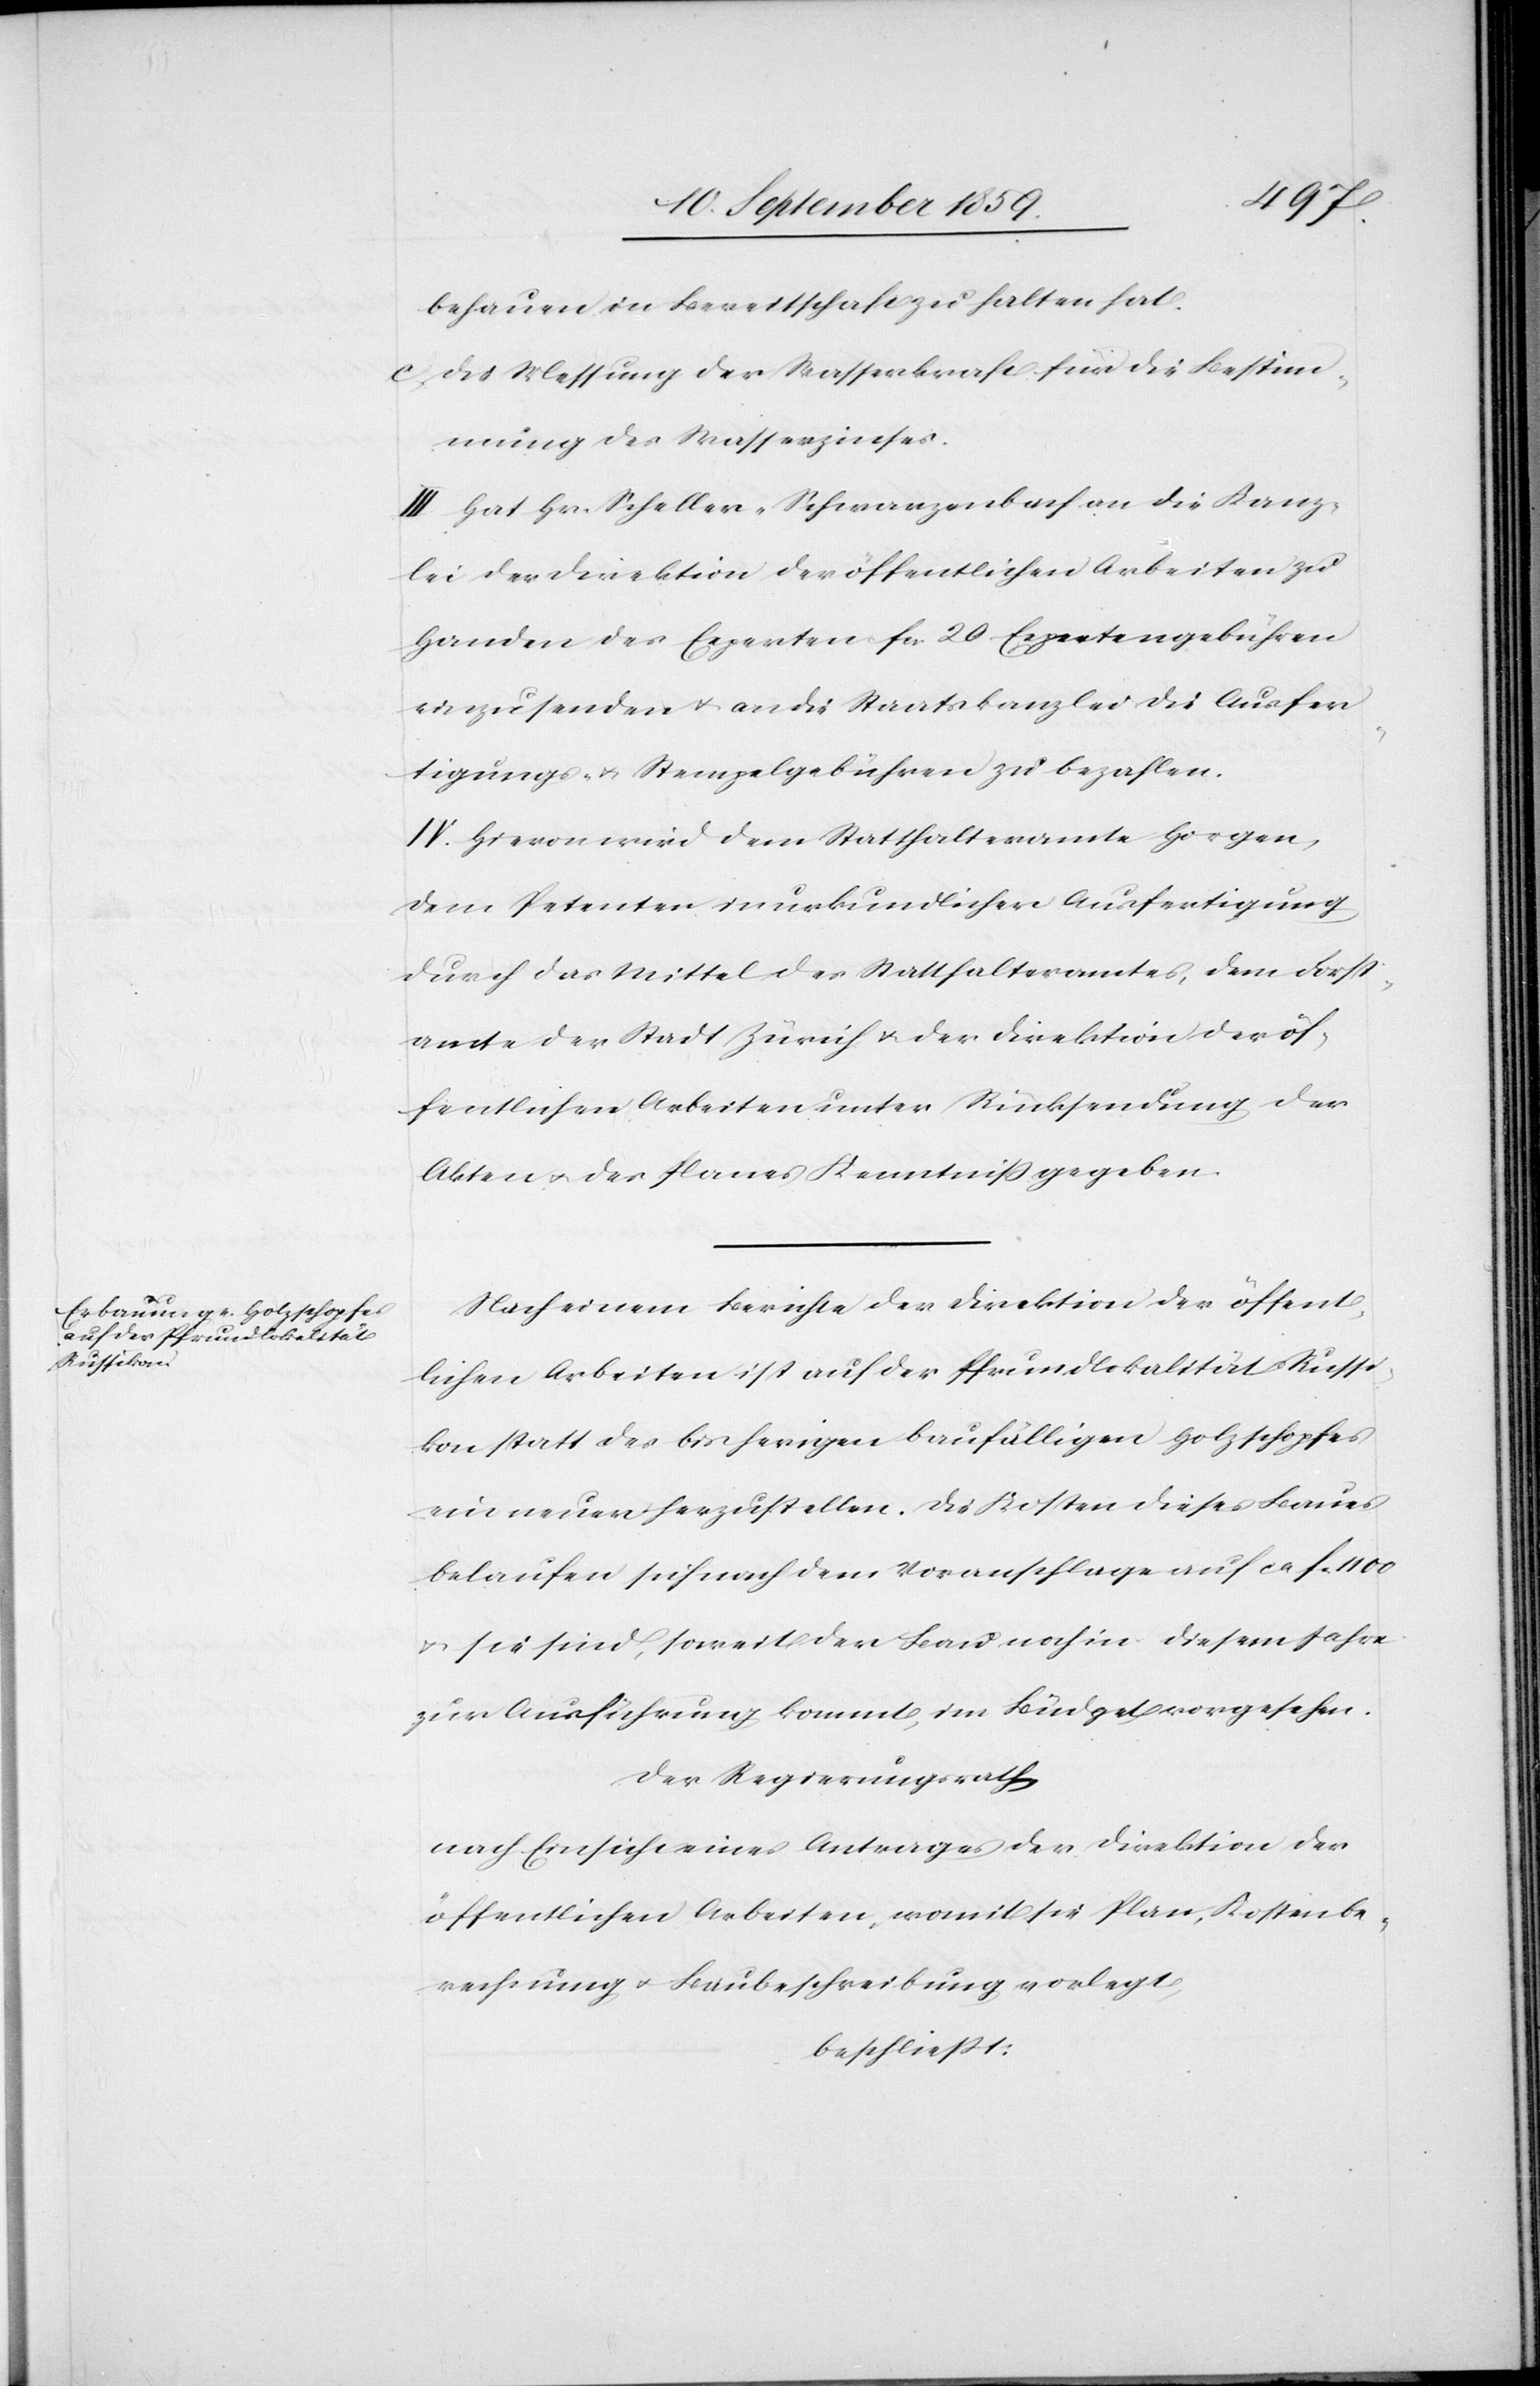
behauen in Bereitschaft zu halten hat.
c. Die Messung der Wasserkraft für die Bestim¬
mung des Wasserzinses.
III. Hat Hr. Scheller-Schwarzenbach an die Kanz¬
lei der Direktion der öffentlichen Arbeiten zu
Handen des Experten fcs. 20 Expertengebühren
einzusenden & an die Staatskanzlei die Ausfer¬
tigungs- & Stempelgebühren zu bezahlen.
IV. Hievon wird dem Statthalteramte Horgen,
dem Petenten in urkundlicher Ausfertigung
durch das Mittel des Statthalteramtes, dem Forst¬
amte der Stadt Zürich & der Direktion der öf¬
fentlichen Arbeiten unter Rücksendung der
Akten & des Planes Kenntniß gegeben.
Nach einem Berichte der Direktion der öffent¬
lichen Arbeiten ist auf der Pfrundlokalität Russi¬
kon statt des bisherigen baufälligen Holzschopfes
ein neuer herzustellen. Die Kosten dieses Baues
belaufen sich nach dem Voranschlage auf ca. f. 1100
& sie sind, soweit der Bau noch in diesem Jahre
zur Ausfürhung kommt, im Budget vorgesehen.
Der Regierungsrath
nach Einsicht eines Antrages der Direktion der
öffentlichen Arbeiten, womit sie Plan, Kostenbe¬
rechnung & Baubeschreibung vorlegt,
beschließt: